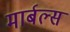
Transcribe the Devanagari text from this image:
मार्बल्स